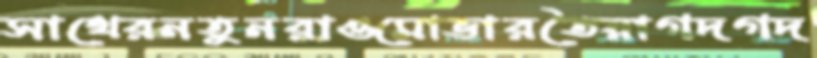
সাথেরনতুনরাওমোভারতৈয়াগদগদ